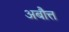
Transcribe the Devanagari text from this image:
अबौत्त